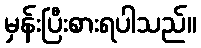
မှန်းပြီးစားရပါသည်။